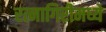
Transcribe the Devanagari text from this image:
रत्नागिरीमध्ये